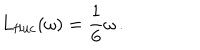
L _ { \mathrm { f l u c } } ( \omega ) = \frac { 1 } { 6 } \omega \, .